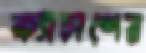
ক্যাচাপের